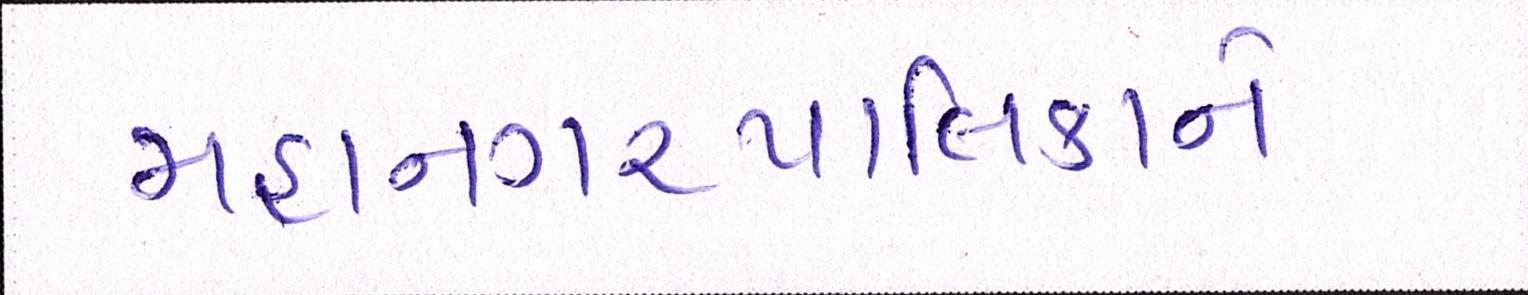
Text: મહાનગરપાલિકાને